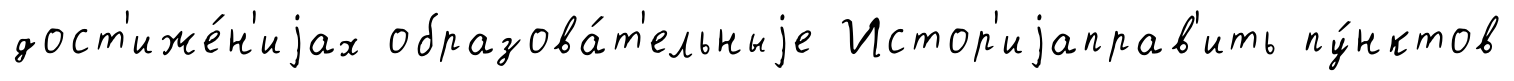
дост'иже́н'иjах образова́т'ельныjе Истор'иjаправ'ить пу́нктов